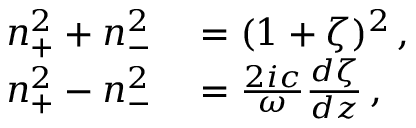
\begin{array} { r l } { n _ { + } ^ { 2 } + n _ { - } ^ { 2 } } & { { } = ( 1 + \zeta ) ^ { 2 } \, , } \\ { n _ { + } ^ { 2 } - n _ { - } ^ { 2 } } & { { } = \frac { 2 i c } { \omega } \frac { d \zeta } { d z } \, , } \end{array}